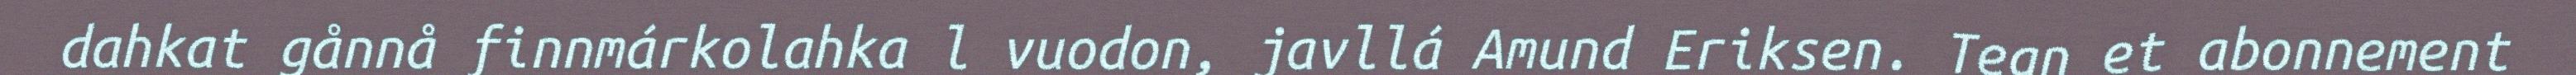
dahkat gånnå finnmárkolahka l vuodon, javllá Amund Eriksen. Tegn et abonnement